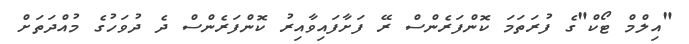
"އިލްމް ޓޯކް"ގެ ފުރަތަމަ ކޮންފަރެންސް ރޭ ފަށާފައިވާއިރު ކޮންފަރެންސް ދެ ދުވަހުގެ މުއްދަތަށް